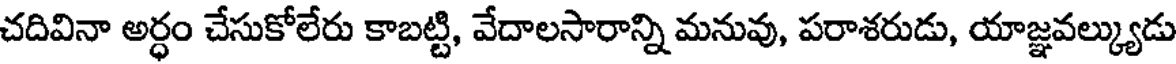
చదివినా అర్ధం చేసుకోలేరు కాబట్టి, వేదాలసారాన్ని మనువు, పరాశరుడు, యాజ్ఞవల్క్యుడు